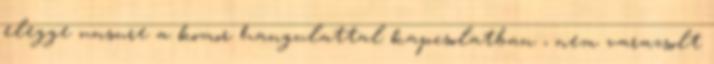
elegge unsure a komor hangulattal kapcsolatban , nem varazsolt